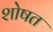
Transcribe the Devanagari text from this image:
शोषत